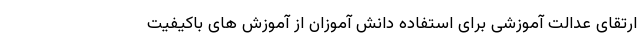
ارتقای عدالت آموزشی برای استفاده دانش آموزان از آموزش های باکیفیت